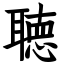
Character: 聴